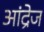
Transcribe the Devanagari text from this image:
आंद्रेज